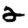
Digit: 2